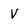
Character: V